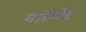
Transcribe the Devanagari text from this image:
मतिरेवं